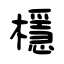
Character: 檼